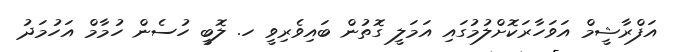
އަފްރާޝީމް އަވަހާރަކޮށްލުމުގައި އަމަލީ ގޮތުން ބައިވެރިވީ ހ. ލޮބީ ހުސެން ހުމާމް އަހުމަދު